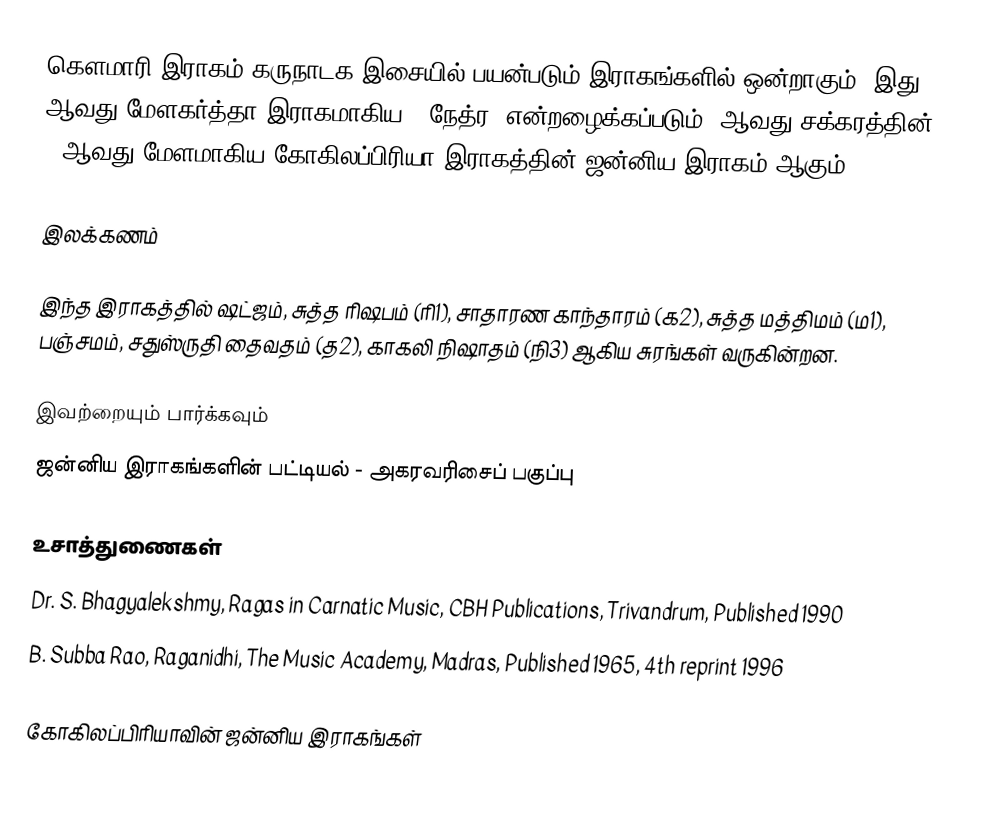
கௌமாரி இராகம் கருநாடக இசையில் பயன்படும் இராகங்களில் ஒன்றாகும். இது 11 ஆவது மேளகர்த்தா இராகமாகிய, "நேத்ர" என்றழைக்கப்படும் 2ஆவது சக்கரத்தின் 5 ஆவது மேளமாகிய கோகிலப்பிரியா இராகத்தின் ஜன்னிய இராகம் ஆகும்.

இலக்கணம்

இந்த இராகத்தில் ஷட்ஜம், சுத்த ரிஷபம் (ரி1),  சாதாரண காந்தாரம் (க2), சுத்த மத்திமம் (ம1), பஞ்சமம்,  சதுஸ்ருதி தைவதம் (த2), காகலி நிஷாதம்  (நி3) ஆகிய சுரங்கள் வருகின்றன.

இவற்றையும் பார்க்கவும்
 ஜன்னிய இராகங்களின் பட்டியல் - அகரவரிசைப் பகுப்பு

உசாத்துணைகள்
 Dr. S. Bhagyalekshmy, Ragas in Carnatic Music, CBH Publications, Trivandrum, Published 1990
 B. Subba Rao, Raganidhi, The Music Academy, Madras, Published 1965, 4th reprint 1996

கோகிலப்பிரியாவின் ஜன்னிய இராகங்கள்